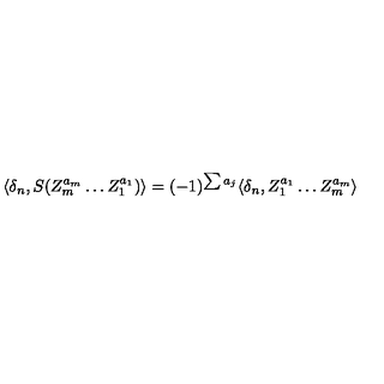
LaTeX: \langle \delta _ { n } , S ( Z _ { m } ^ { a _ { m } } \ldots Z _ { 1 } ^ { a _ { 1 } } ) \rangle = ( - 1 ) ^ { \sum a _ { j } } \langle \delta _ { n } , Z _ { 1 } ^ { a _ { 1 } } \ldots Z _ { m } ^ { a _ { m } } \rangle